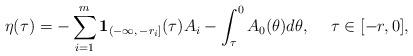
LaTeX: \begin{align*}\eta(\tau)=-\sum^m_{i=1}{\bf 1}_{(-\infty, \,-r_i]}(\tau)A_i -\int^0_\tau A_0(\theta)d\theta,\hskip 15pt \tau\in [-r, 0],\end{align*}